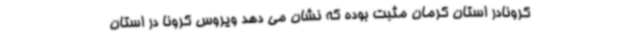
کرونادر استان کرمان مثبت بوده که نشان می دهد ویروس کرونا در استان